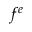
f ^ { e }